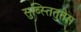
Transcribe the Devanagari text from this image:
सुब्स्तितुतेस